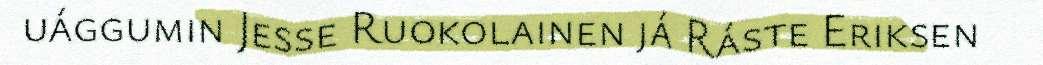
uággumin Jesse Ruokolainen já Ráste Eriksen